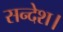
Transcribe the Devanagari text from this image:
सन्देश।